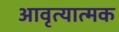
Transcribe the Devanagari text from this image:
आवृत्यात्मक